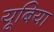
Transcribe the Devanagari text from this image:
यूबिया